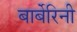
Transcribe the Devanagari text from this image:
बार्बेरिनी